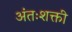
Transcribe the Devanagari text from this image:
अंतःशक्ती